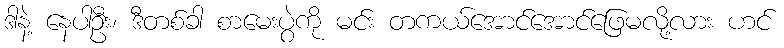
ဒါနဲ့ နေပါဦး၊ ဒီတစ်ခါ စာမေးပွဲကို မင်း တကယ်အောင်အောင်ဖြေမလို့လား ဟင်